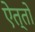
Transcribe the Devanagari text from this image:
ऐत्तो